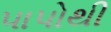
પાપોથી